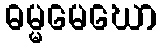
ဓမ္မမေဃော